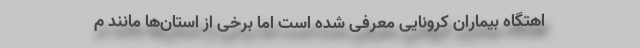
اهتگاه بیماران کرونایی معرفی شده است اما برخی از استان‌ها مانند م